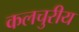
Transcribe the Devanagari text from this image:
कलचुरीय